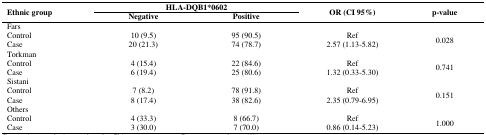
| <ROWSPAN=2> Ethnic group | <COLSPAN=2> HLA-DQB1*0602 | <ROWSPAN=2> OR (CI 95%) | <ROWSPAN=2> p-value |
 | Negative | Positive |
 | --- | --- | --- | --- | --- |
 | <COLSPAN=5> Fars |
 | Control | 10 (9.5) | 95 (90.5) | Ref | <ROWSPAN=2> 0.028 |
 | Case | 20 (21.3) | 74 (78.7) | 2.57 (1.13-5.82) |
 | <COLSPAN=2> Torkman | <COLSPAN=3>  |
 | Control | 4 (15.4) | 22 (84.6) | Ref | <ROWSPAN=2> 0.741 |
 | Case | 6 (19.4) | 25 (80.6) | 1.32 (0.33-5.30) |
 | <COLSPAN=2> Sistani | <COLSPAN=3>  |
 | Control | 7 (8.2) | 78 (91.8) | Ref | <ROWSPAN=2> 0.151 |
 | Case | 8 (17.4) | 38 (82.6) | 2.35 (0.79-6.95) |
 | <COLSPAN=5> Others |
 | Control | 4 (33.3) | 8 (66.7) | Ref | <ROWSPAN=2> 1.000 |
 | Case | 3 (30.0) | 7 (70.0) | 0.86 (0.14-5.23) |